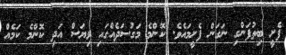
ފެށީ ބިތުފަންގި ނަގަން ފެށީމައެވެ. ކޮންމެ މަގުސަދެއްގައި ވިޔަސް އަދި ކޮންމެ ކަމެއް